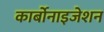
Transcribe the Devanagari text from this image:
कार्बोनाइजेशन